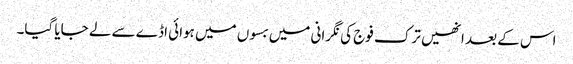
اس کے بعد انھیں ترک فوج کی نگرانی میں بسوں میں ہوائی اڈے سے لے جایا گیا۔